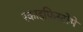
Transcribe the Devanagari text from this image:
स्काइफ़िस्टोमे